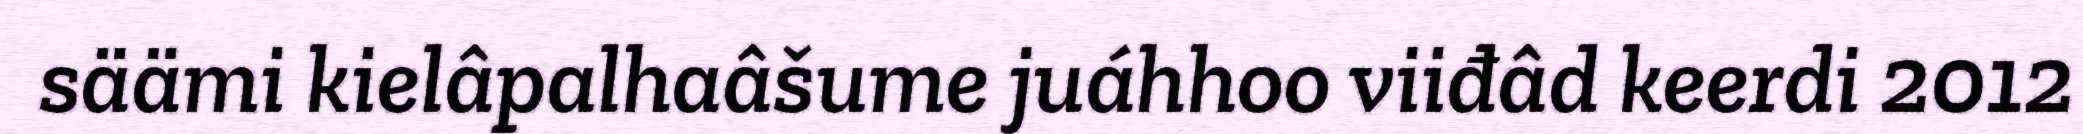
säämi kielâpalhaâšume juáhhoo viiđâd keerdi 2012